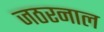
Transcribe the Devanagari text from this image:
जठरनाल